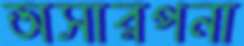
অসারপনা